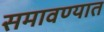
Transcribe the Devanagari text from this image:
समावण्यात